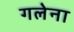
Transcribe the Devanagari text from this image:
गलेना